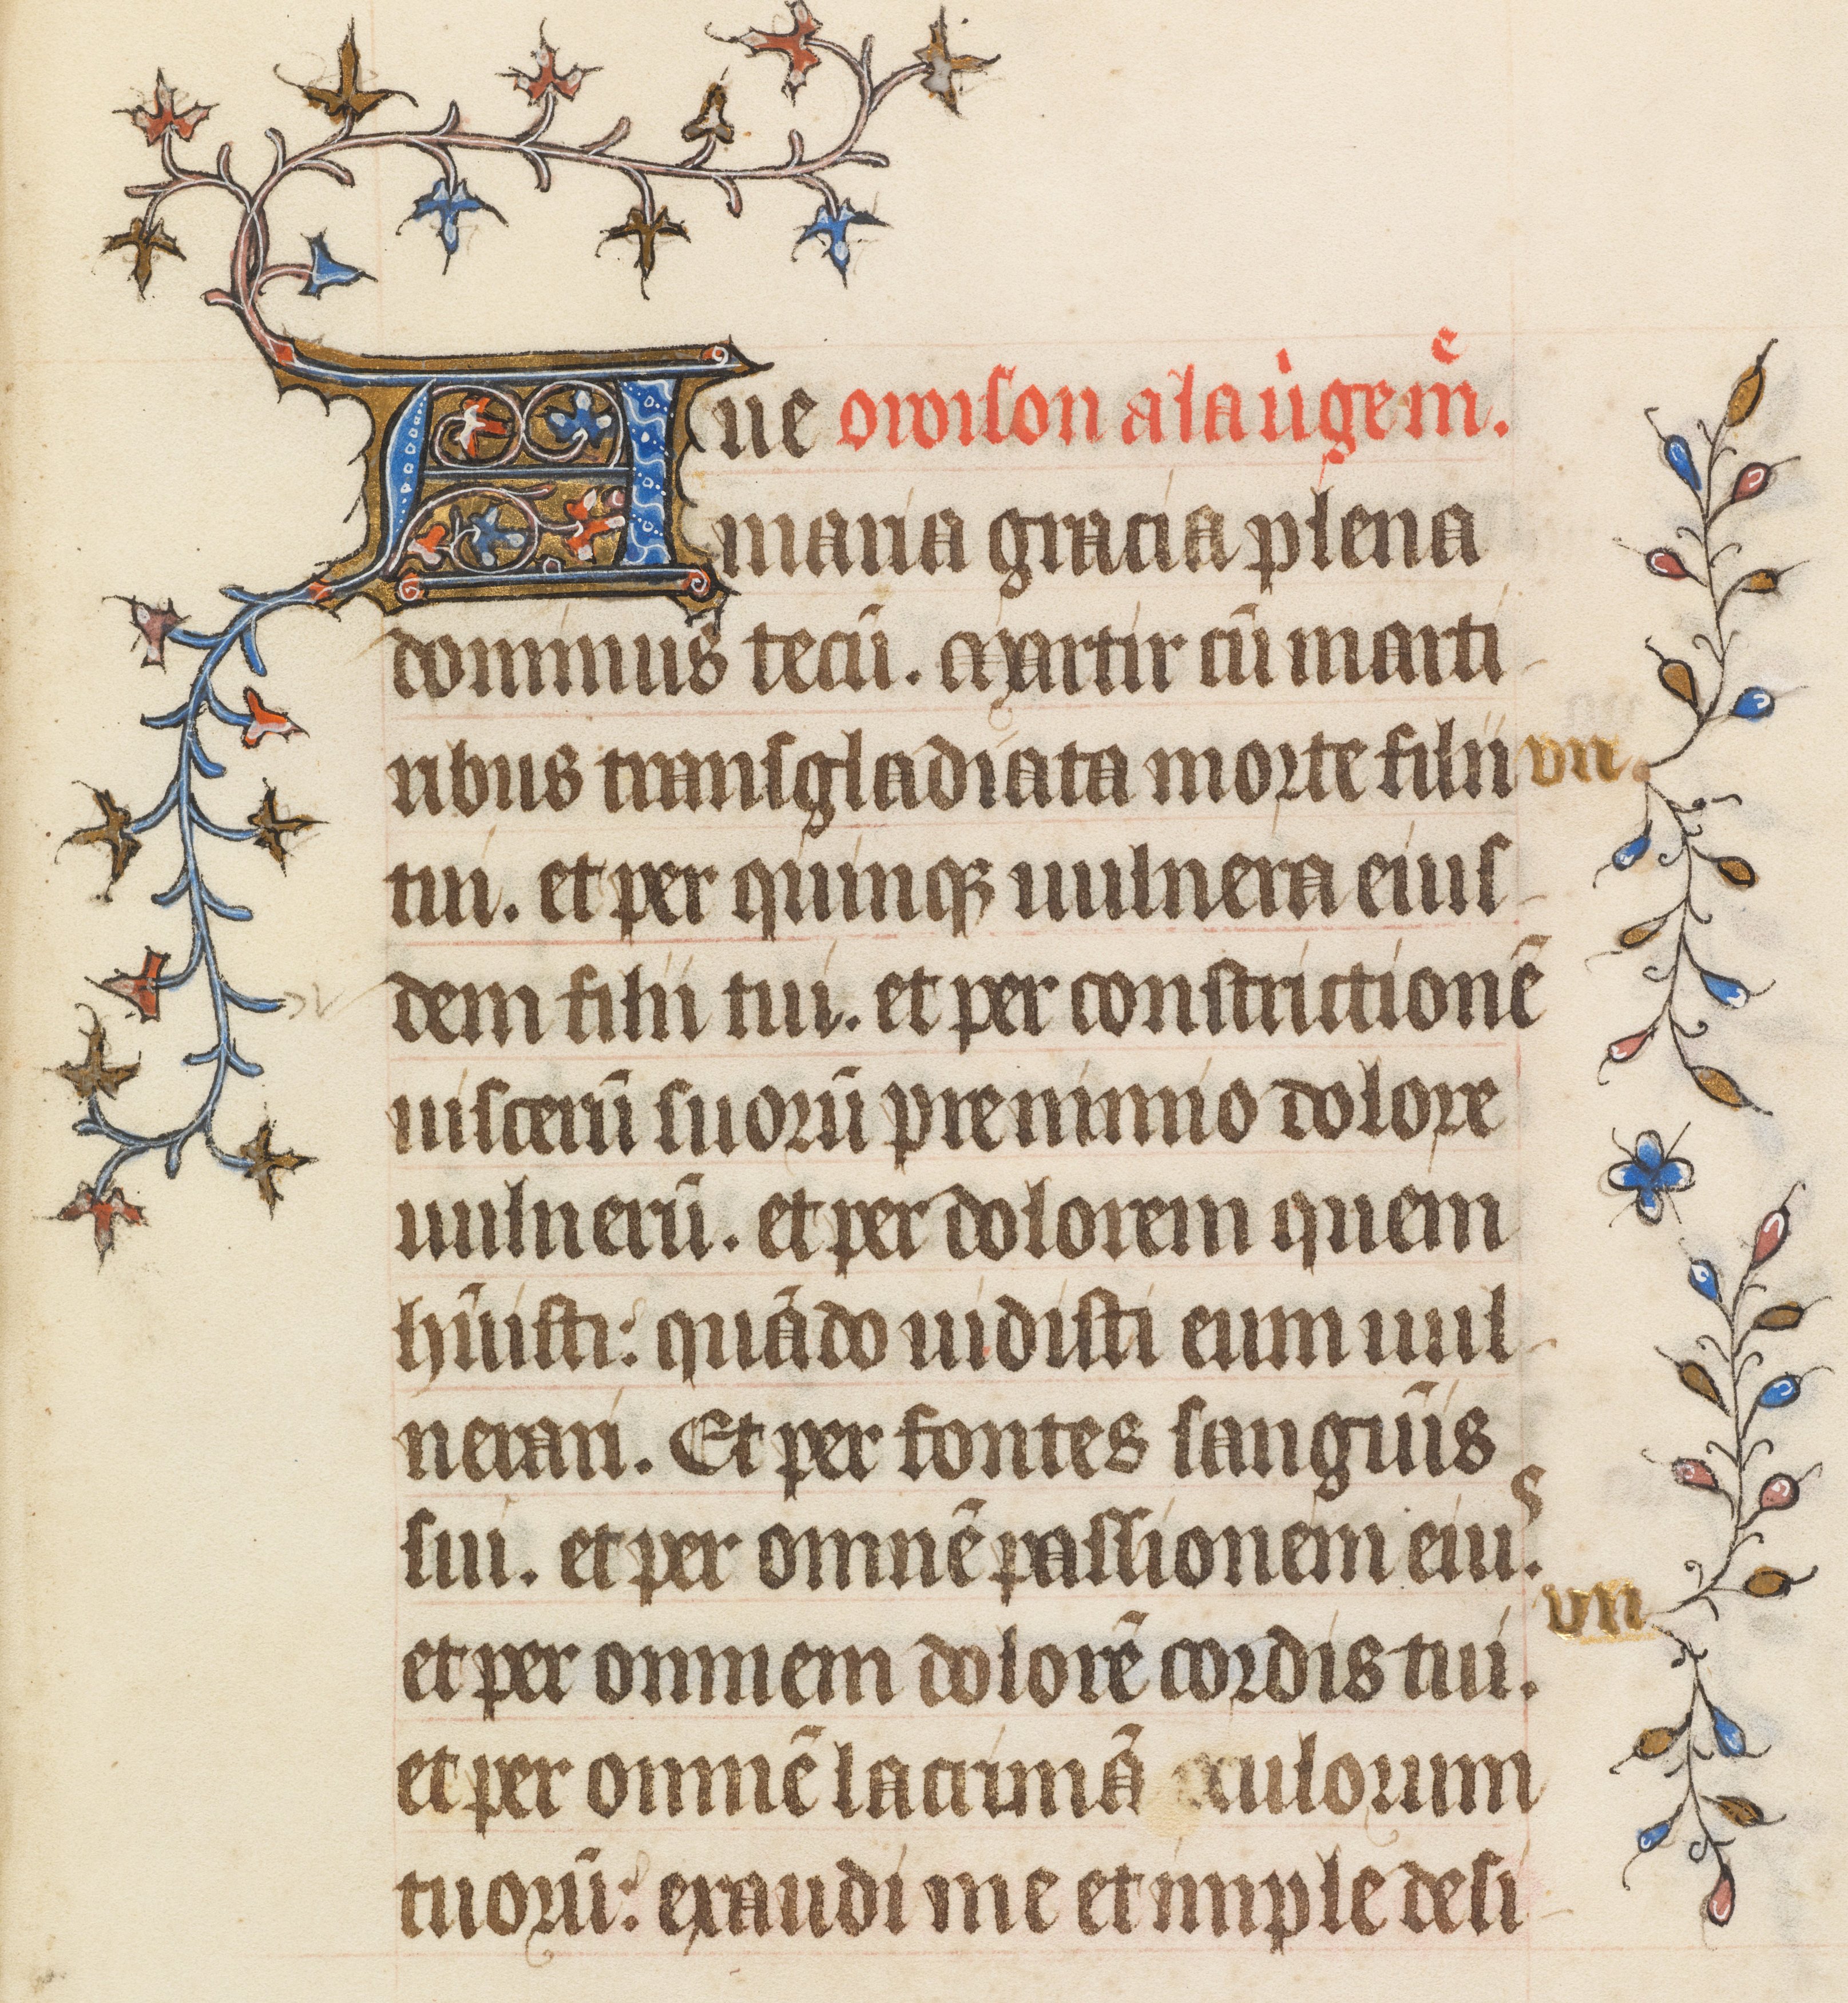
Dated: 1395–1425